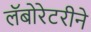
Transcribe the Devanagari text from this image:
लॅबोरेटरीने